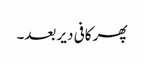
پھر کافی دیر بعد۔